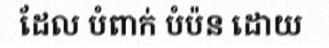
ដែល បំពាក់ បំប៉ន ដោយ